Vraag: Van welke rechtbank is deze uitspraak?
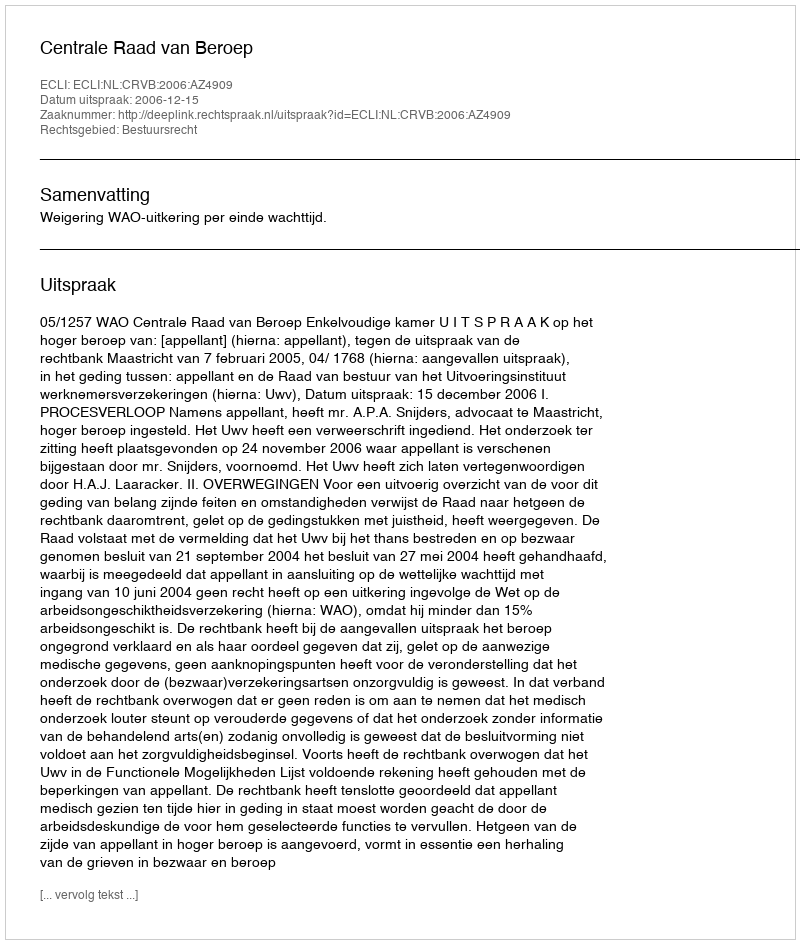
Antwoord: Centrale Raad van Beroep